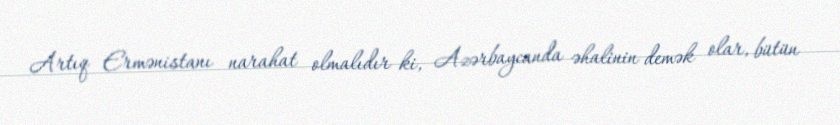
Artıq Ermənistanı narahat olmalıdır ki, Azərbaycanda əhalinin demək olar, bütün